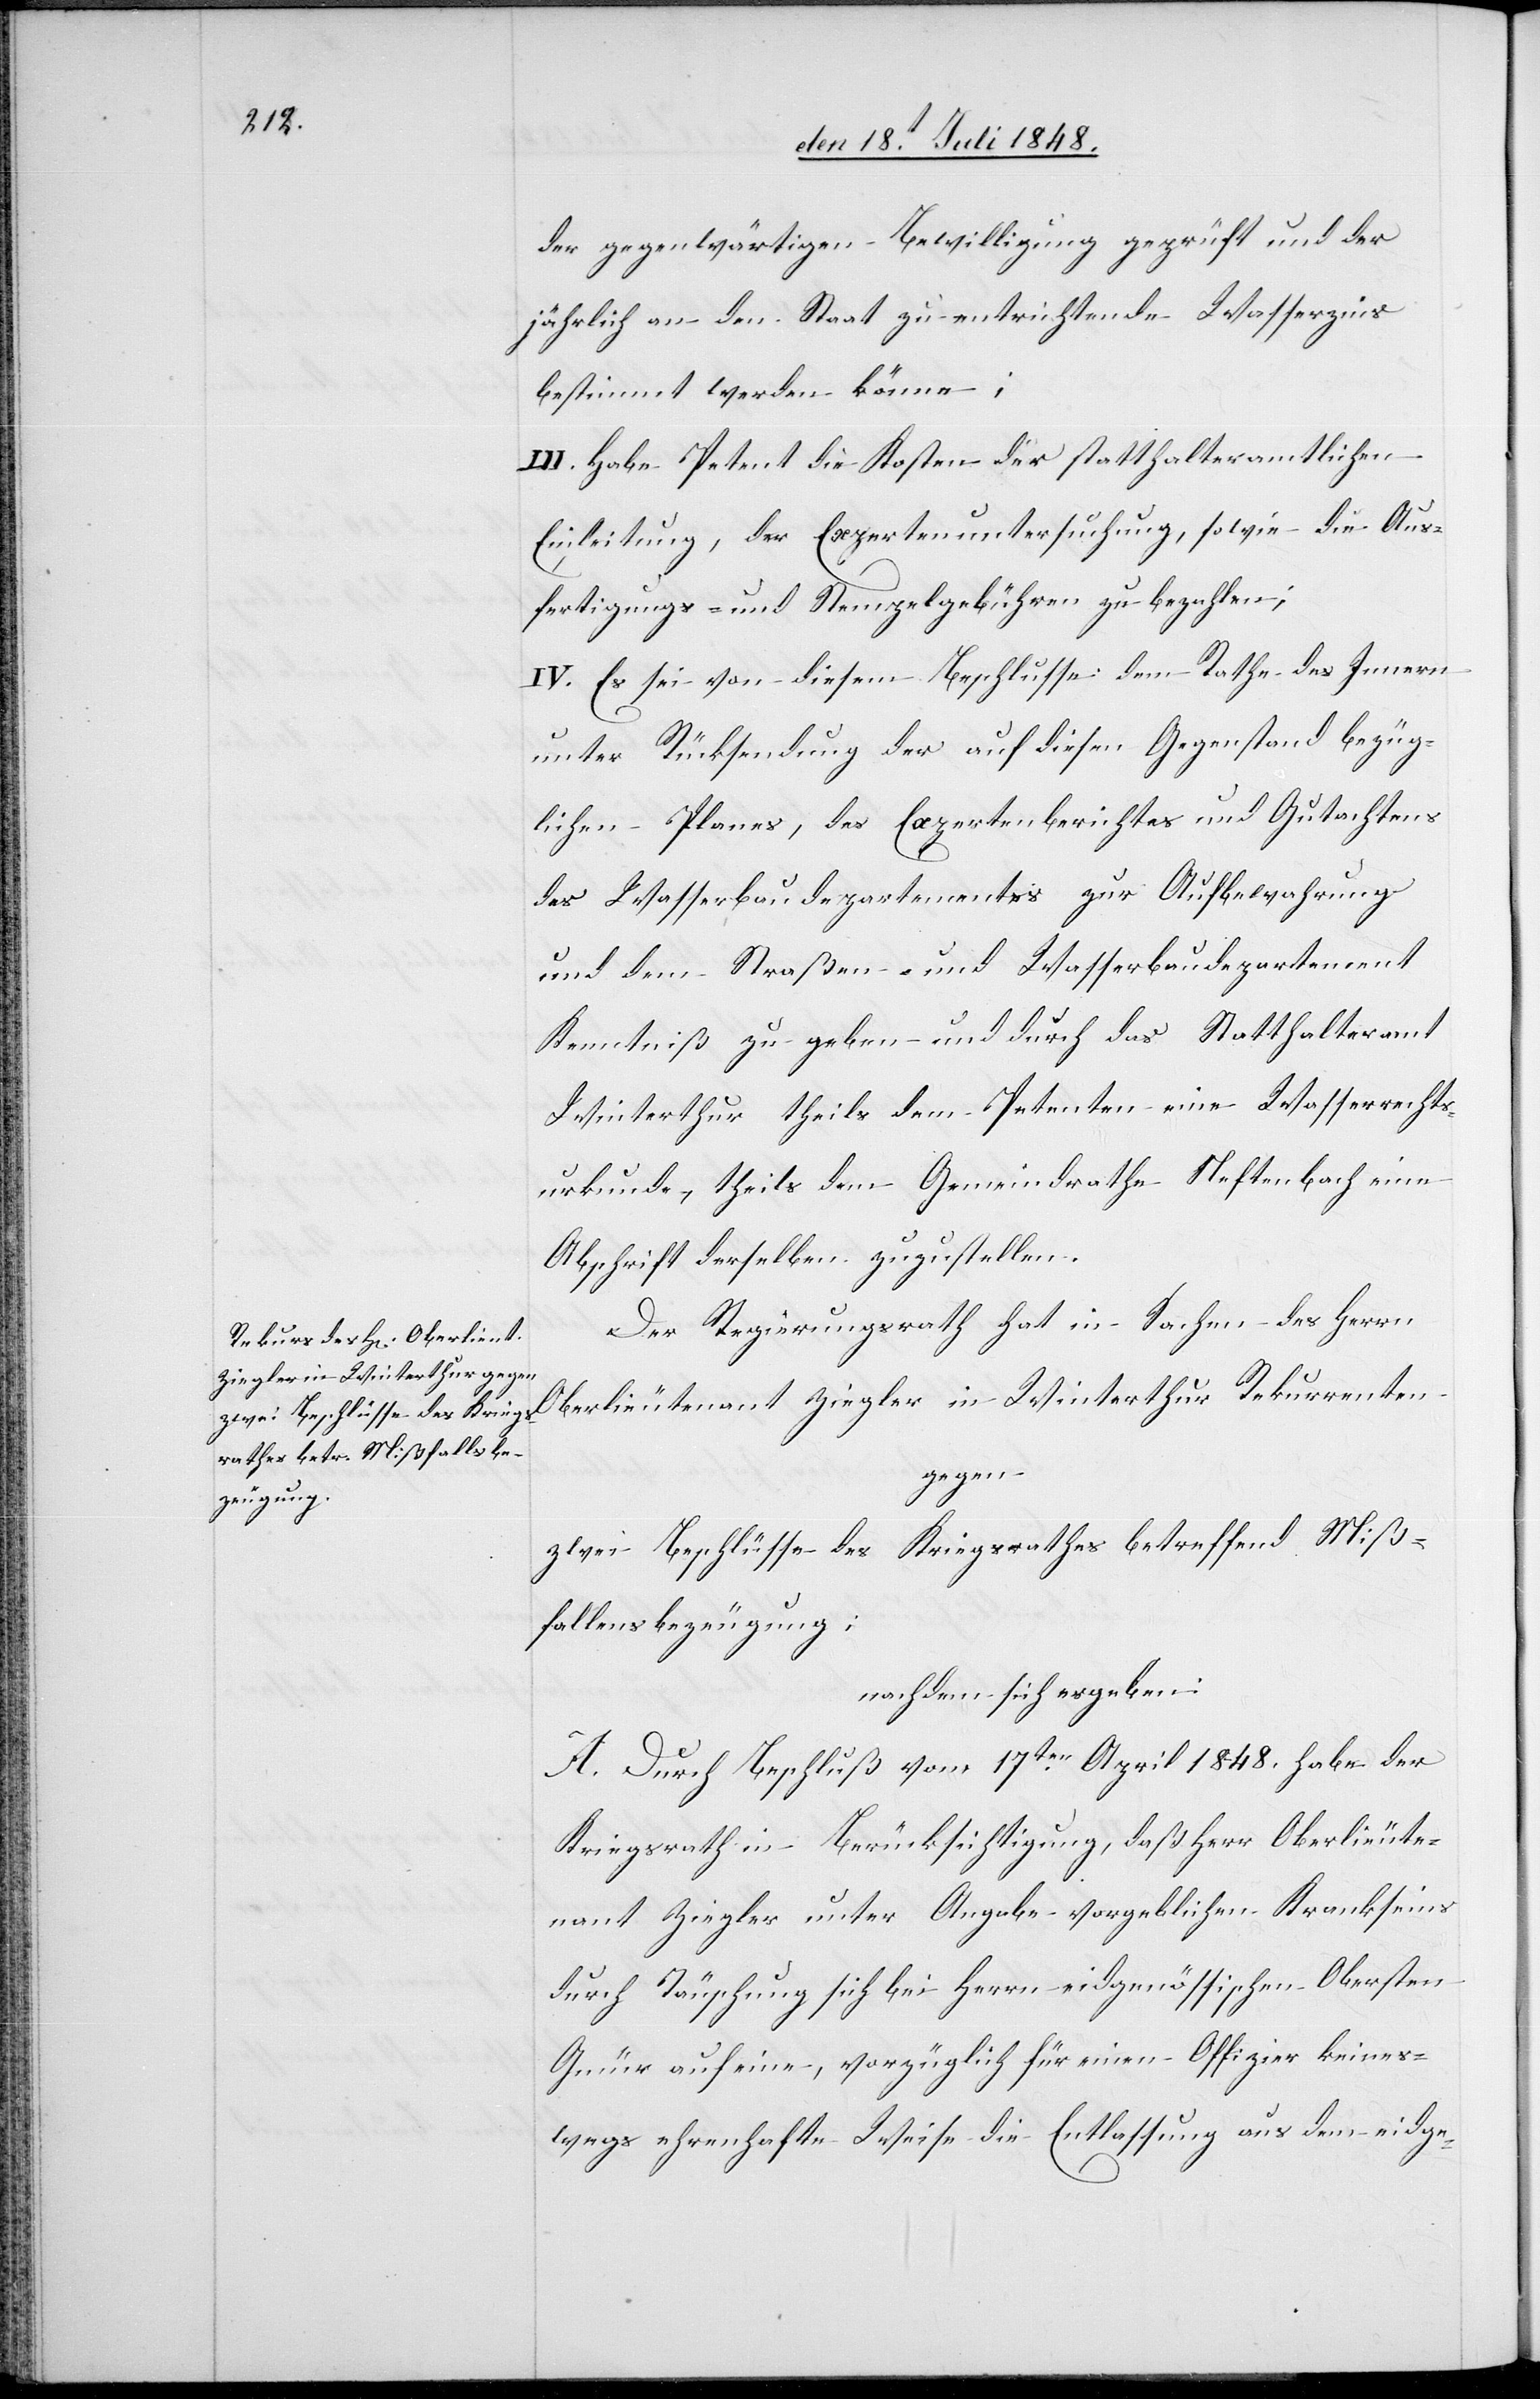
der gegenwärtigen Bewilligung geprüft und der
jährlich an den Staat zu entrichtende Wasserzins
bestimmt werden könne;
III. Habe Petent die Kosten der statthalteramtlichen
Einleitung, der Expertenuntersuchung, sowie die Aus¬
fertigungs- und Stempelgebühren zu bezahlen.
IV. Es sei von diesem Beschlusse dem Rathe des Innern
unter Rücksendung des auf diesen Gegenstand bezüg¬
lichen Planes, des Expertenberichtes und Gutachtens
des Wasserbaudepartementes zur Aufbewahrung
und dem Straßen- und Wasserbaudepartement
Kenntniß zu geben und durch das Statthalteramt
Winterthur theils dem Petenten eine Wasserrechts¬
urkunde, theils dem Gemeindrathe Neftenbach eine
Abschrift derselben zuzustellen.
Der Regierungsrath hat in Sachen des Herrn
Oberlieutenant Ziegler in Winterthur Rekurrenten
gegen
zwei Beschlüsse des Kriegsrathes betreffend Miß¬
fallensbezeugung;
nachdem sich ergeben:
A. Durch Beschluß vom 17ten April 1848. habe der
Kriegsrath in Berücksichtigung, daß Herr Oberlieute¬
nant Ziegler unter Angabe vorgeblichen Krankseins
durch Täuschung sich bei Herrn eidgenössischen Obersten
Gmür auf eine, vorzüglich für einen Offizier keines¬
wegs ehrenhafte Weise die Entlassung aus dem eidge-